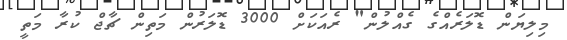
މިލިޔަން ޑޮލަރެއްގެ ގެއްލުން" ރެއަކަށް 3000 ޑޮލަރުން މަތިން ޗާޖް ކުރާ މަތީ